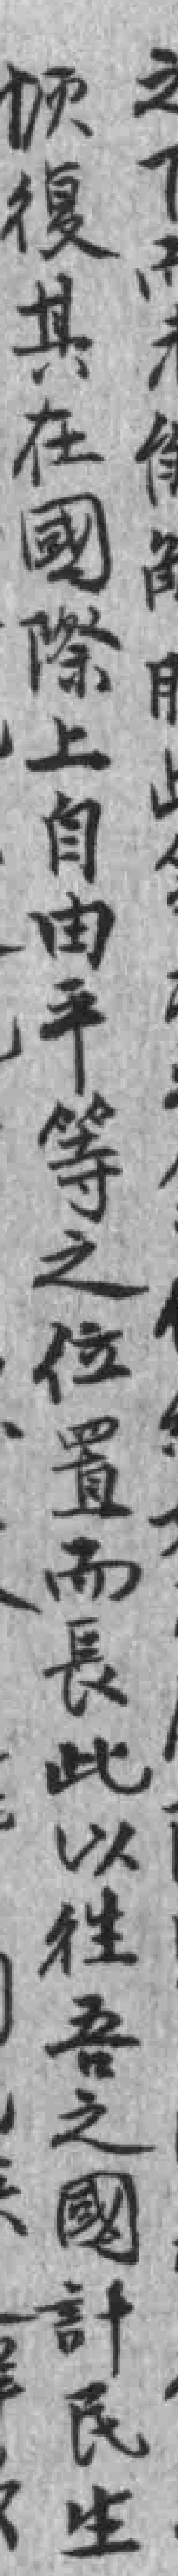
恢復其在國際上自由平等之位置而長此以徃吾之國計民生